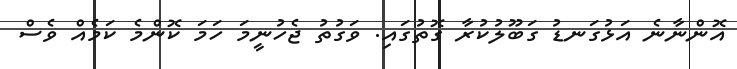
އޮންނާނެ އަޅުގަނޑު ގަބޫލުކުރާ ގޮތުގައި. ވަގުތު ޖެހުނީމަ ހަމަ ކޮންމެ ކަމެއް ވެސް